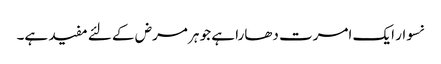
نسوار ایک امرت دھارا ہے جو ہر مرض کے لئے مفید ہے۔